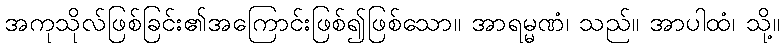
အကုသိုလ်ဖြစ်ခြင်း၏အကြောင်းဖြစ်၍ဖြစ်သော။ အာရမ္မဏံ၊ သည်။ အာပါထံ၊ သို့။